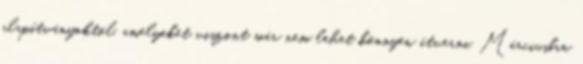
alapítványoktól, amelyeket viszont már nem lehet könnyen átverni. Márciusban